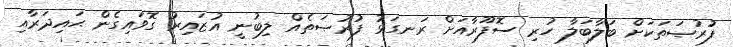
ފުރުޞަތަކަށް ބަލާބަލާ ހުރި ސޮފޫރާއަށް ރަނގަޅު ފުރުޞަތެއް ލިބުނީ އުޒައިރު ގޮވައިގެން ޙައިދަރާއި